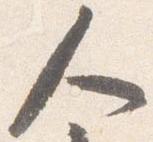
人